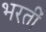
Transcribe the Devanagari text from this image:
भरतीं